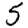
Digit: 5